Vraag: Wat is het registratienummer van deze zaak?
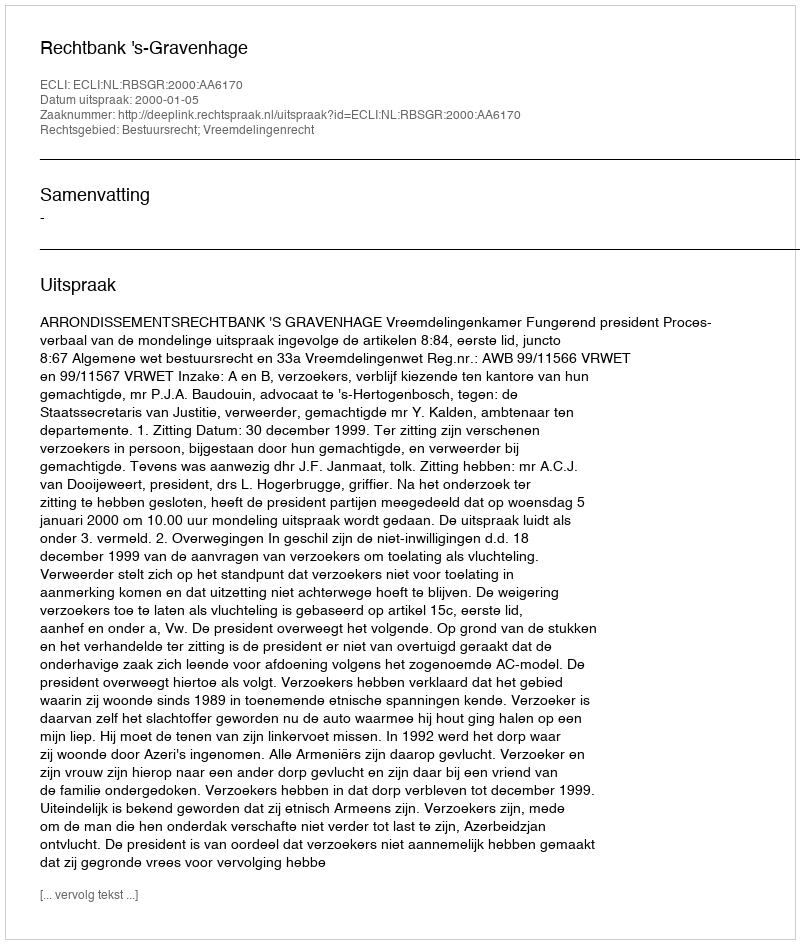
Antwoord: http://deeplink.rechtspraak.nl/uitspraak?id=ECLI:NL:RBSGR:2000:AA6170